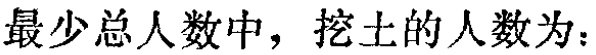
最少总人数中，挖土的人数为：